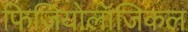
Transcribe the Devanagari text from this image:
फिजियोलॉजिकल